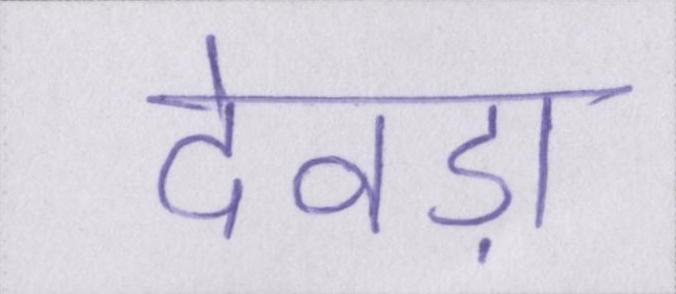
देवड़ा